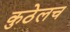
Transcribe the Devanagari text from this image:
कुठेलच